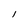
Character: l